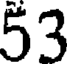
53